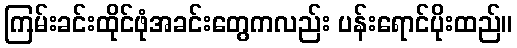
ကြမ်းခင်းထိုင်ဖုံအခင်းတွေကလည်း ပန်းရောင်ပိုးထည်။